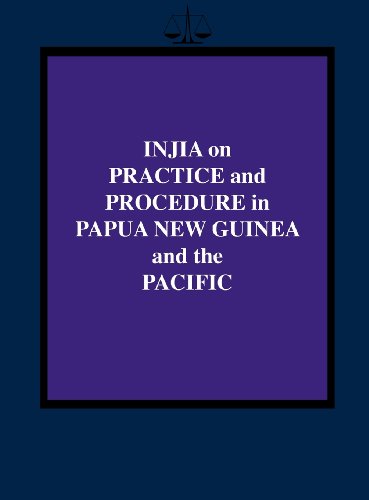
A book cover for Injia on Practice and Procedure in Papua New Guinea and the Pacific; Salamo Injia; Law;